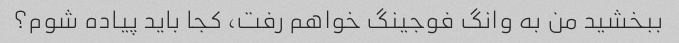
ببخشید من به وانگ فوجینگ خواهم رفت، کجا باید پیاده شوم؟